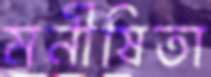
মনীষিতা